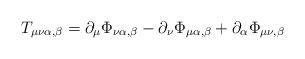
LaTeX: \begin{align*}T_{\mu\nu\alpha,\beta} = \partial_\mu \Phi_{\nu\alpha,\beta} - \partial_\nu\Phi_{\mu\alpha,\beta} + \partial_\alpha \Phi_{\mu\nu,\beta}\end{align*}